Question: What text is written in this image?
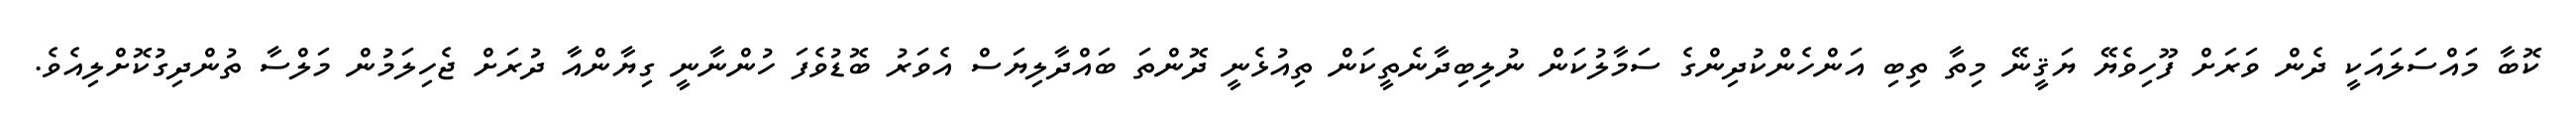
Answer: ކޮބާ މައްސަލައަކީ ދެން ވަރަށް ފޫހިވެޔޭ ޔަޤީނޭ މިތާ ތިބި އަންހެންކުދިންގެ ސަމާލުކަން ނުލިބިދާނެތީކަން ތިއުޅެނީ ދޮންތަ ބައްދާލިޔަސް އެވަރު ބޮޑުވެފަ ހުންނާނީ ގިޔާންއާ ދުރަށް ޖެހިލަމުން މަލްސާ ތުންދިގުކޮށްލިއެވެ.